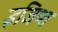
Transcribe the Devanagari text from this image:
इजिप्‍त